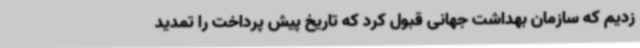
زدیم که سازمان بهداشت جهانی قبول کرد که تاریخ پیش پرداخت را تمدید